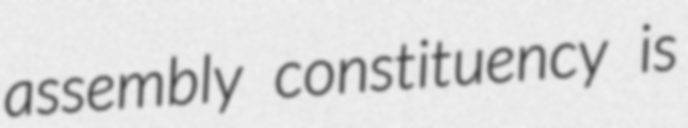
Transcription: assembly constituency is